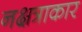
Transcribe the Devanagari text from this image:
नक्षत्राकार